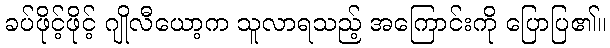
ခပ်ဖိုင့်ဖိုင့် ဂျိုလီယော့က သူလာရသည့် အကြောင်းကို ပြောပြ၏။